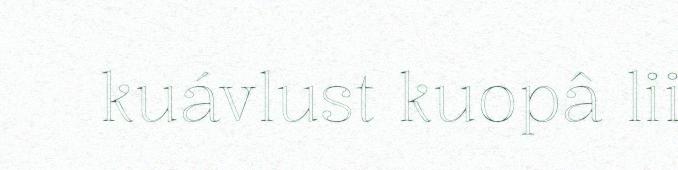
kuávlust kuopâ lii